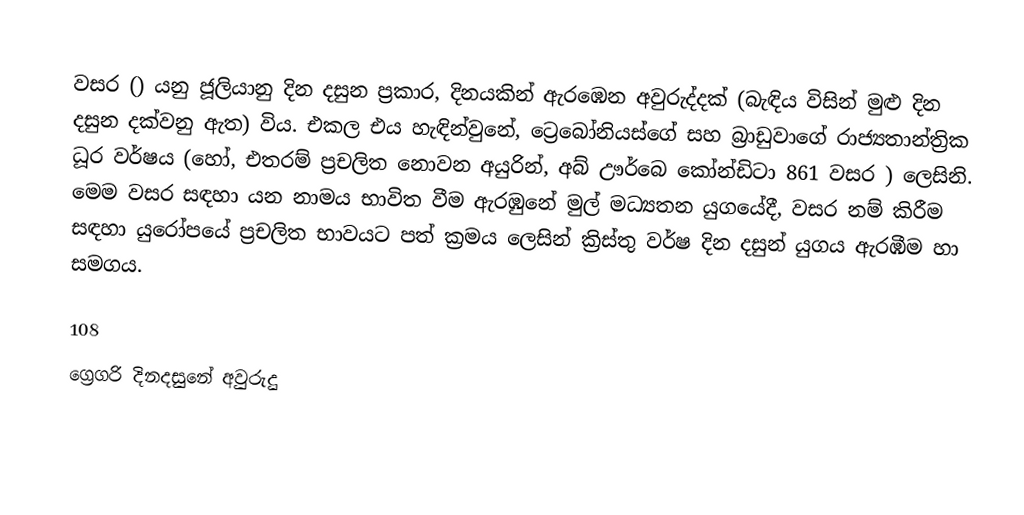

වසර   () යනු  ජූලියානු දින දසුන ප්‍රකාර,    දිනයකින් ඇරඹෙන  අවුරුද්දක්   (බැඳිය විසින් මුළු දින දසුන දක්වනු ඇත)  විය. එකල එය හැඳින්වුනේ, 	ට්‍රෙබෝනියස්ගේ	 සහ 	බ්‍රාඩුවාගේ	  රාජ්‍යතාන්ත්‍රික  ධූර වර්ෂය  (හෝ, එතරම් ප්‍රචලිත නොවන අයුරින්,  අබ් ඌර්බෙ කෝන්ඩිටා 	861	  වසර  ) ලෙසිනි. මෙම වසර සඳහා   යන නාමය භාවිත වීම ඇරඹුනේ මුල් මධ්‍යතන යුගයේදී, වසර නම් කිරීම සඳහා යුරෝපයේ ප්‍රචලිත භාවයට පත් ක්‍රමය ලෙසින් ක්‍රිස්තු වර්ෂ දින දසුන් යුගය ඇරඹීම හා සමගය.

108
ග්‍රෙගරි දිනදසුනේ අවුරුදු